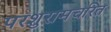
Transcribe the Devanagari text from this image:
परशुरामचरित